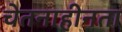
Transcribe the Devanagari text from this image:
चेतनाहीनता